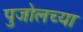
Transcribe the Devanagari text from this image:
पुजोलच्या